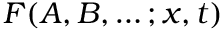
F ( A , B , \ldots ; x , t )